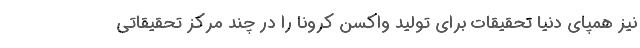
نیز همپای دنیا تحقیقات برای تولید واکسن کرونا را در چند مرکز تحقیقاتی